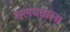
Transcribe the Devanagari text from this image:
क्लबवाला